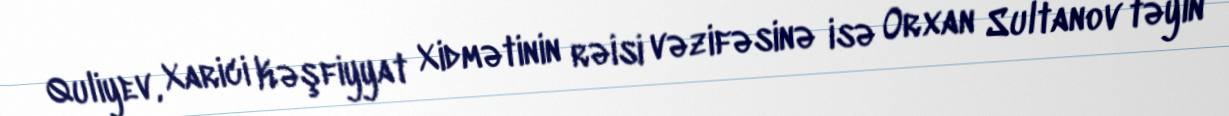
Quliyev, Xarici Kəşfiyyat Xidmətinin rəisi vəzifəsinə isə Orxan Sultanov təyin